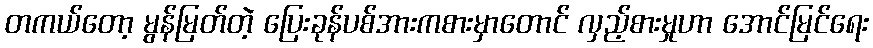
တကယ်တော့ မွန်မြတ်တဲ့ ပြေးခုန်ပစ်အားကစားမှာတောင် လှည့်စားမှုဟာ အောင်မြင်ရေး